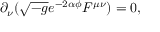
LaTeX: \partial _ { \nu } ( \sqrt { - g } e ^ { - 2 \alpha \phi } F ^ { \mu \nu } ) = 0 ,